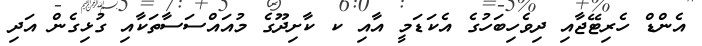
އެންޑް ހެރިޓޭޖާއި ދިވެހިބަހުގެ އެކަޑަމީ އާއި ކ ކާށިދޫގެ މުއައްސަސާތަކާއި ގުޅިގެން އަދި